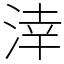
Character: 涬